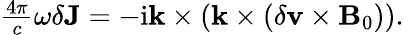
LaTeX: \begin{array}{r}{\frac{4\pi}{c}\omega\delta\mathbf{J}=-\textrm{i}\mathbf{k}\times\left(\mathbf{k}\times\left(\delta\mathbf{v}\times\mathbf{B}_{0}\right)\right).}\end{array}